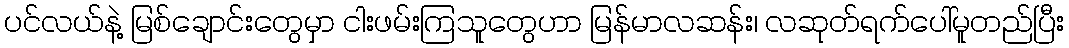
ပင်လယ်နဲ့ မြစ်ချောင်းတွေမှာ ငါးဖမ်းကြသူတွေဟာ မြန်မာလဆန်း၊ လဆုတ်ရက်ပေါ်မူတည်ပြီး